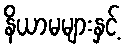
နိယာမများနှင့်